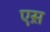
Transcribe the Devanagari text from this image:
एस़